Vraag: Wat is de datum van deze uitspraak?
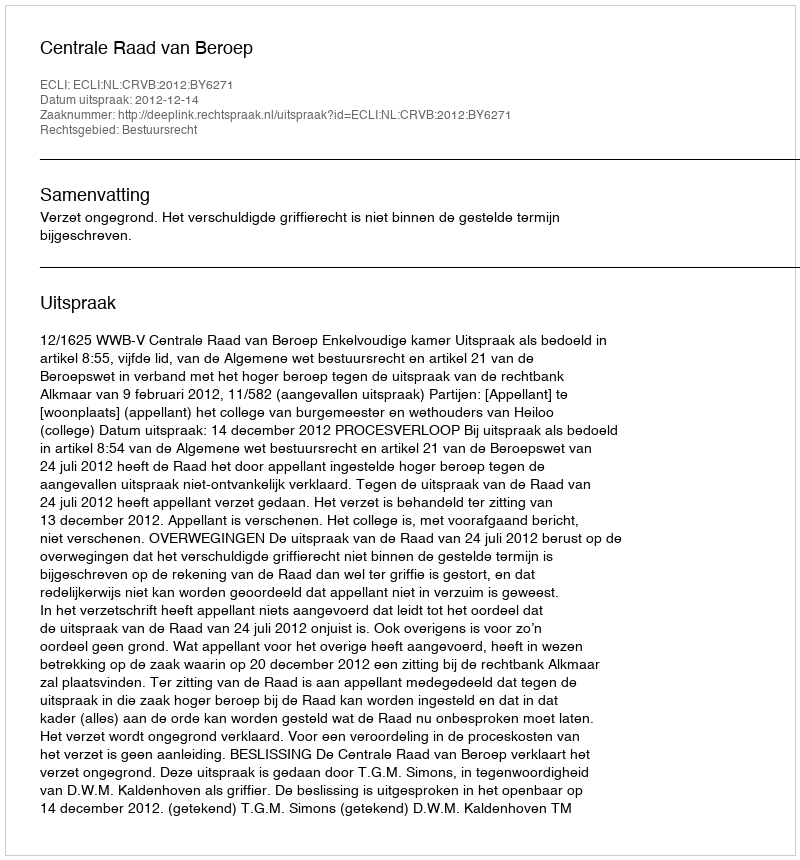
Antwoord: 2012-12-14